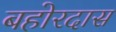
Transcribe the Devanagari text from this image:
बहोरदास